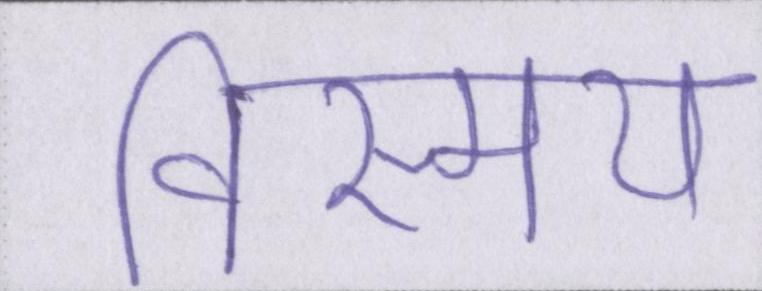
विस्मय